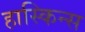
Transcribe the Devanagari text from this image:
हास्किन्स